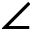
\angle